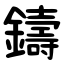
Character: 鑄